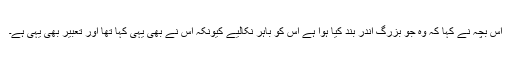
اس بچہ نے کہا کہ وہ جو بزرگ اندر بند کیا ہوا ہے اس کو باہر نکالیے کیونکہ اس نے بھی یہی کہا تھا اور تعبیر بھی یہی ہے۔